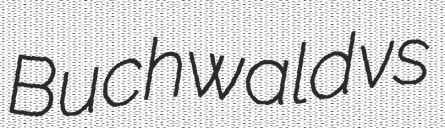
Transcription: Buchwald vs